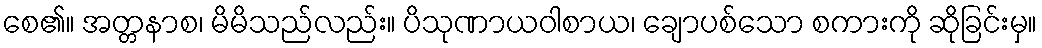
စေ၏။ အတ္တနာစ၊ မိမိသည်လည်း။ ပိသုဏာယဝါစာယ၊ ချောပစ်သော စကားကို ဆိုခြင်းမှ။